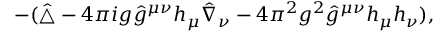
- ( \hat { \triangle } - { 4 \pi i } g \hat { g } ^ { \mu \nu } h _ { \mu } \hat { \nabla } _ { \nu } - { 4 \pi ^ { 2 } } g ^ { 2 } \hat { g } ^ { \mu \nu } h _ { \mu } h _ { \nu } ) ,